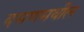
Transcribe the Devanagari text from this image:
दमणमधील